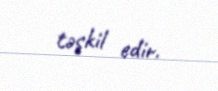
təşkil edir.